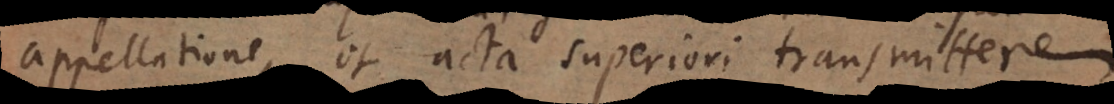
appellatione, et acta superiori transmittere